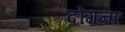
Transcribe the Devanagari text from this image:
दोगना